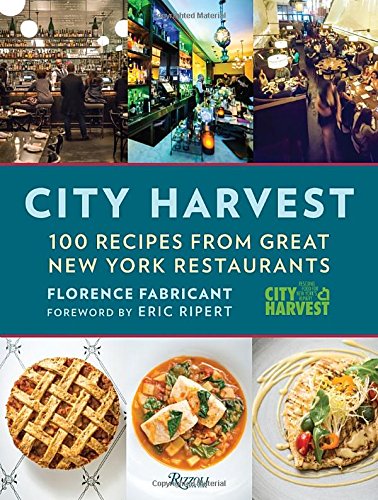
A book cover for City Harvest: 100 Recipes from Great New York Restaurants; Florence Fabricant; Cookbooks, Food & Wine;